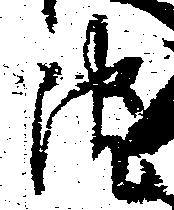
院